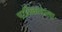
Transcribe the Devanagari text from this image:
पातिव्रत्याला